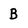
Character: B